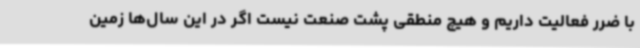
با ضرر فعالیت داریم و هیچ منطقی پشت صنعت نیست اگر در این سال‌ها زمین